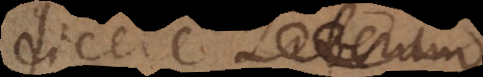
dicere Liberum